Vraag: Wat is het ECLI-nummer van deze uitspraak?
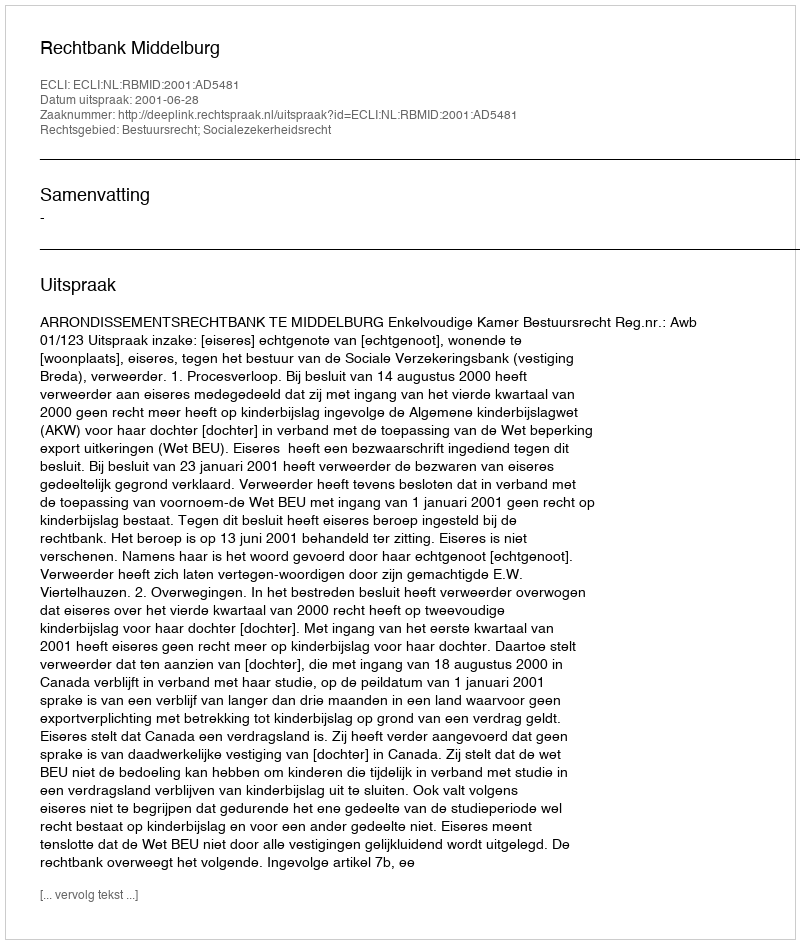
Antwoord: ECLI:NL:RBMID:2001:AD5481